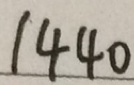
1 4 4 0